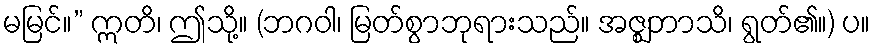
မမြင်။” ဣတိ၊ ဤသို့။ (ဘဂဝါ၊ မြတ်စွာဘုရားသည်။ အဇ္ဈဘာသိ၊ ရွတ်၏။) ပ။